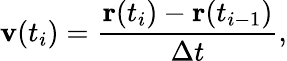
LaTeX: \mathbf{v}(t_{i})=\frac{\mathbf{r}(t_{i})-\mathbf{r}(t_{i-1})}{\Delta t},